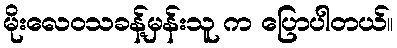
မိုးလေဝသခန့်မှန်းသူ က ပြောပါတယ်။